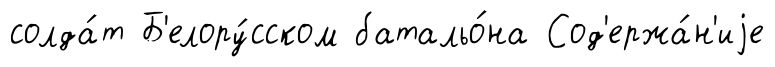
солда́т Б'елору́сском батальо́на Сод'ержа́н'иjе